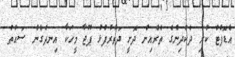
އެޑޮޕްޓް ކުރި ދެކުދިންގެ ތެރެއިން ދޮށީ ދަތުރުފުޅު ޕޫޖާ މީހަކާ އިނދެގެން ސައުތު